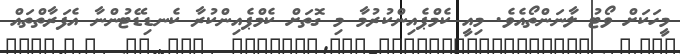
މީހަކަށް ވޯޓު ލާނަންތޯއެވެ. މިއީ ކެމްޕެއިންކުރުމާ މި ގޮތަށް ކެމްޕެއިންކުރާ ކެނޑިޑޭޓުންނާ އެފަރާތްތައް